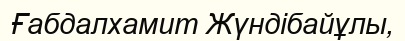
Ғабдалхамит Жүндібайұлы,